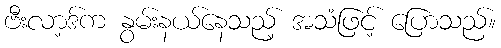
ဗီးလာ့ဒ်က နွမ်းနယ်နေသည့် အသံဖြင့် ပြောသည်။